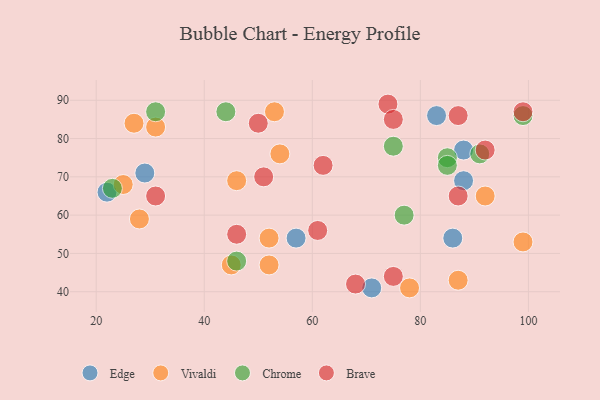
{"axis": {"x": "GDP", "y": "Life Expectancy"}, "legend": ["Brave", "Chrome", "Edge", "Vivaldi"], "data": [{"x": "57", "y": 54, "type": "Edge"}, {"x": "86", "y": 54, "type": "Edge"}, {"x": "71", "y": 41, "type": "Edge"}, {"x": "83", "y": 86, "type": "Edge"}, {"x": "22", "y": 66, "type": "Edge"}, {"x": "29", "y": 71, "type": "Edge"}, {"x": "88", "y": 69, "type": "Edge"}, {"x": "88", "y": 77, "type": "Edge"}, {"x": "78", "y": 41, "type": "Vivaldi"}, {"x": "99", "y": 53, "type": "Vivaldi"}, {"x": "92", "y": 65, "type": "Vivaldi"}, {"x": "52", "y": 47, "type": "Vivaldi"}, {"x": "87", "y": 43, "type": "Vivaldi"}, {"x": "45", "y": 47, "type": "Vivaldi"}, {"x": "31", "y": 83, "type": "Vivaldi"}, {"x": "46", "y": 69, "type": "Vivaldi"}, {"x": "27", "y": 84, "type": "Vivaldi"}, {"x": "28", "y": 59, "type": "Vivaldi"}, {"x": "52", "y": 54, "type": "Vivaldi"}, {"x": "25", "y": 68, "type": "Vivaldi"}, {"x": "54", "y": 76, "type": "Vivaldi"}, {"x": "53", "y": 87, "type": "Vivaldi"}, {"x": "85", "y": 75, "type": "Chrome"}, {"x": "46", "y": 48, "type": "Chrome"}, {"x": "75", "y": 78, "type": "Chrome"}, {"x": "44", "y": 87, "type": "Chrome"}, {"x": "31", "y": 87, "type": "Chrome"}, {"x": "85", "y": 73, "type": "Chrome"}, {"x": "99", "y": 86, "type": "Chrome"}, {"x": "23", "y": 67, "type": "Chrome"}, {"x": "91", "y": 76, "type": "Chrome"}, {"x": "77", "y": 60, "type": "Chrome"}, {"x": "46", "y": 55, "type": "Brave"}, {"x": "61", "y": 56, "type": "Brave"}, {"x": "87", "y": 86, "type": "Brave"}, {"x": "31", "y": 65, "type": "Brave"}, {"x": "87", "y": 65, "type": "Brave"}, {"x": "74", "y": 89, "type": "Brave"}, {"x": "51", "y": 70, "type": "Brave"}, {"x": "68", "y": 42, "type": "Brave"}, {"x": "62", "y": 73, "type": "Brave"}, {"x": "75", "y": 44, "type": "Brave"}, {"x": "75", "y": 85, "type": "Brave"}, {"x": "50", "y": 84, "type": "Brave"}, {"x": "99", "y": 87, "type": "Brave"}, {"x": "92", "y": 77, "type": "Brave"}]}